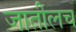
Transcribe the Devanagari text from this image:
जातीलच